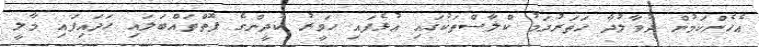
އެހެންކަމުން ދުވާލުދާ ހަތަރުދަމު ކްލާސްތަކުގައި އުޅެފައި ހަވީރު ކުދީންގެ ފޮތްތައްބަލައި ހަދައިފައި މާލީ